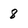
Character: 8